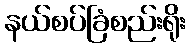
နယ်စပ်ခြံစည်းရိုး